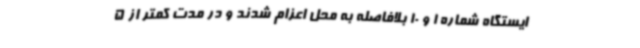
ایستگاه شماره 1 و 10 بلافاصله به محل اعزام شدند و در مدت کمتر از 5